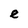
Character: e